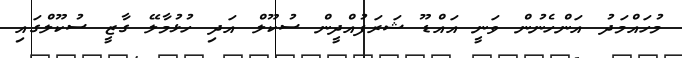
މުހައްމަދު އަންހެނުން ވަނީ އައްޑޫ ޝަރަފުއްދީން ސުކޫލް އަދި ހުޅުމާލޭ ގާޒީ ސުކޫލްގައި